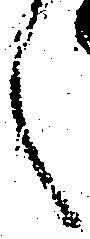
く